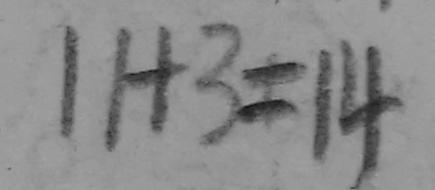
1 1 + 3 = 1 4